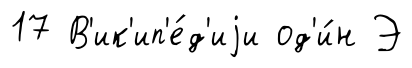
17 В'ик'ип'е́д'иjи од'и́н Э